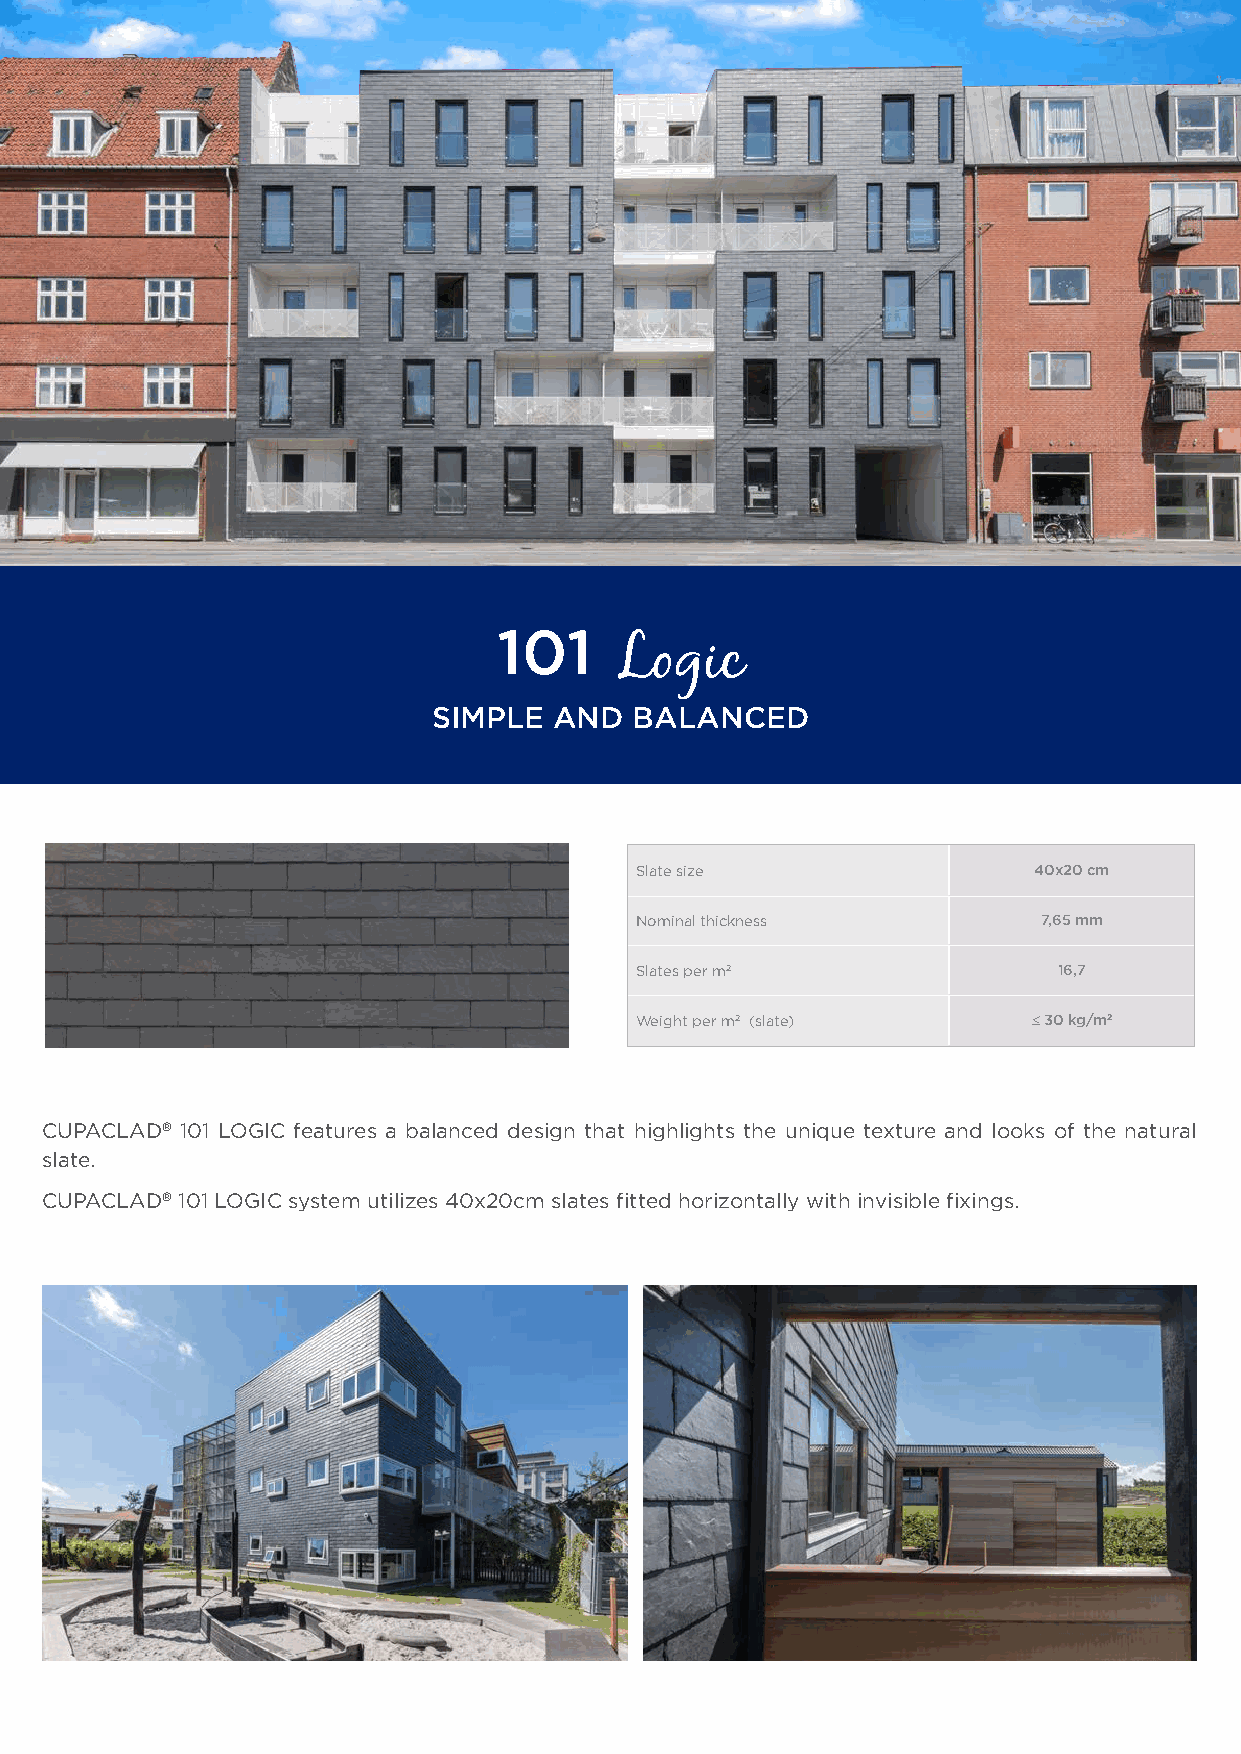
101
 Logic
 SIMPLE  AND  BALANCED
 Slate size                40x20 cm
 Nominal thickness          7,65 mm
 Slates per m2               16,7
 Weight per m2 (slate)     ≤ 30 kg/m2
 CUPACLAD® 101 LOGIC features a balanced design that highlights the unique texture and looks of the natural
 slate.
 CUPACLAD® 101 LOGIC system utilizes 40x20cm slates fitted horizontally with invisible fixings.